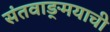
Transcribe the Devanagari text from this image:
संतवाङ्‌मयाची